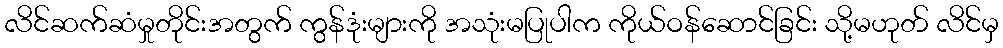
လိင်ဆက်ဆံမှုတိုင်းအတွက် ကွန်ဒုံးများကို အသုံးမပြုပါက ကိုယ်ဝန်ဆောင်ခြင်း သို့မဟုတ် လိင်မှ